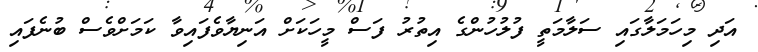
އަދި މިހަމަލާގައި ސަލާމަތީ ފުލުހުންގެ އިތުރު ފަސް މީހަކަށް އަނިޔާވެފައިވާ ކަމަށްވެސް ބުނެފައި